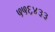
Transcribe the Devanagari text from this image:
५५६४३३